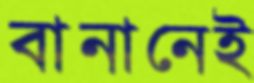
বানানেই